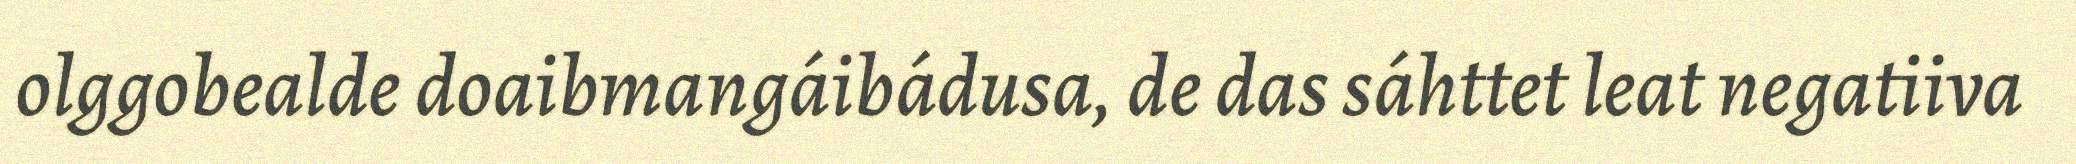
olggobealde doaibmangáibádusa, de das sáhttet leat negatiiva